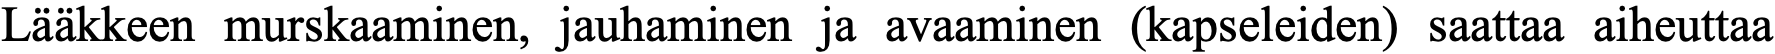
Lääkkeen murskaaminen, jauhaminen ja avaaminen (kapseleiden) saattaa aiheuttaa